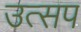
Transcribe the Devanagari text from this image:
उत्सप